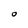
Character: O